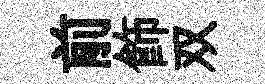
前飾双